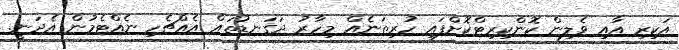
އަކިރި އާއި ވެލިން ކޮންކިރިޓްކޮށްފައި ހުރިތަނެއް މިހާރު ދަގަނޑުތައް އެއްޗެހި ނެއްޓެމުން އެދަނީ.